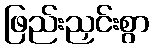
ဖြည်းညှင်းစွာ